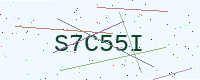
Text: S7C55I